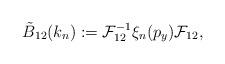
LaTeX: \begin{align*} \tilde B_{12} (k_n) := \mathcal{F}^{-1}_{12} \xi_n (p_y)\mathcal{F}_{12} ,\end{align*}